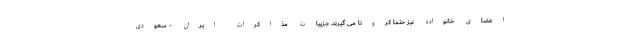
اعضای خانواده نیز حتما کرونا می گیرند. جزییات مذاکرات ایران - سعودی